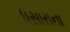
ધસારાના